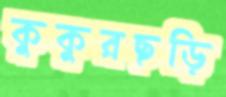
কুকুরছড়ি